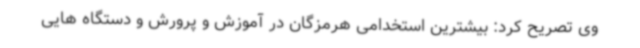
وی تصریح کرد: بیشترین استخدامی هرمزگان در آموزش و پرورش و دستگاه هایی